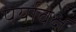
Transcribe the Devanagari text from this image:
पर्यावेक्ष